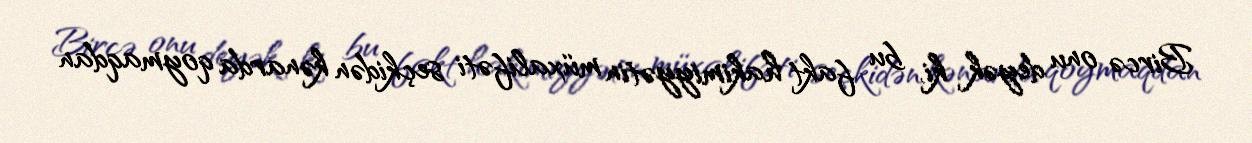
Bircə onu deyək ki, bu fakt hakimiyyətin müxalifəti seçkidən kənarda qoymaqdan